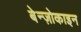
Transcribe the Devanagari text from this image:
बेन्ज़ोकाइन